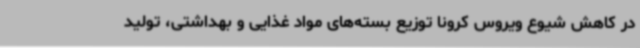
در کاهش شیوع ویروس کرونا توزیع بسته‌های مواد غذایی و بهداشتی، تولید